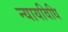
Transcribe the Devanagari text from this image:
न्यायविधि